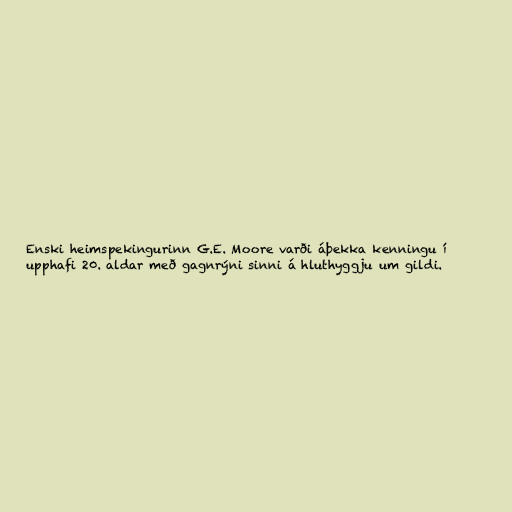
Enski heimspekingurinn G.E. Moore varði áþekka kenningu í
upphafi 20. aldar með gagnrýni sinni á hluthyggju um gildi.